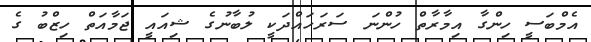
އެމްބަސީ ހިންގާ އިމާރާތް ހުންނަ ސަރަހައްދަކީ ލުބާނުގެ ޝިއައީ ޖަމާއަތް ހިޒްބު ގެ